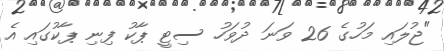
"ޖުލައި މަހުގެ 26 ވަނަ ދުވަހު ސިޓީ ޕާކު ފިނި ޕާކުގައި އެ